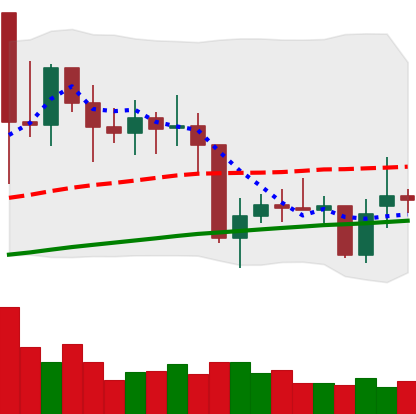
Ticker: XMR-USD
Chart end date: 2021-01-30
Forward return: 6.533%
Label: up_5_7